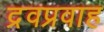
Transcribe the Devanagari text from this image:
द्रवप्रवाह